Indian journal of veterinary science and animal husbandry - Volume 1,
Year: 1931
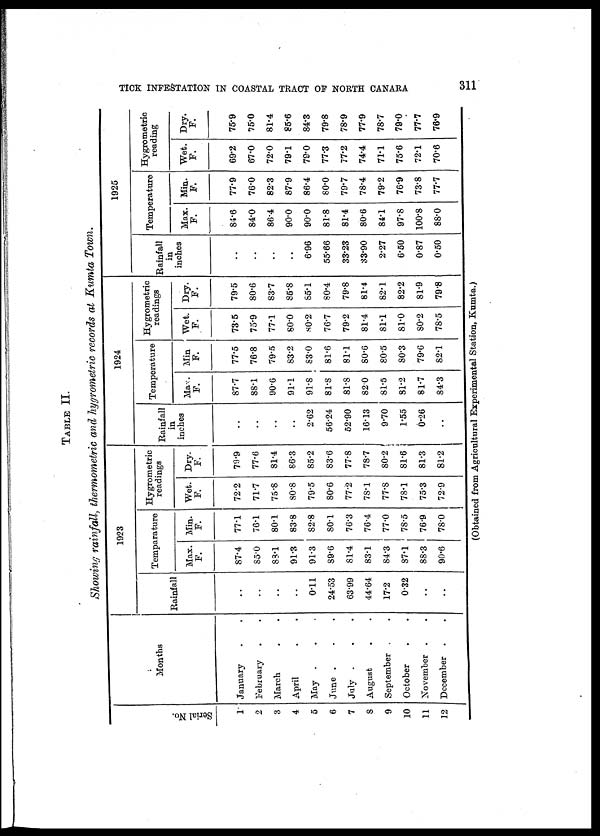
TICK INFESTATION IN COASTAL TRACT OF NORTH CANARA
311
TABLE II.
Showing rainfall, thermometric and hygrometric records at Kumta Town.
Ser i
al No.
1
2
3
4
5
6
7
8
9
10
11
12
Months
January
February
March
April
May .
June .
July .
August
September
October
November
December
..
..
..
..
..
..
..
..
..
..
..
..
1923
Rainfall
..
..
..
..
0.11
24.53
63.99
44.64
17.2
0.32
..
..
Temparature
Max.
F.
87.4
85.0
88.1
91.3
91.3
89.6
81.4
83.1
84.3
87.1
88.3
90.6
Min.
F.
77.1
76.1
80.1
83.8
82.8
80.1
76.3
76.4
77.0
78.5
76.9
78.0
Hygrometric
readings
Wet.
F.
72.2
71.7
75.8
80.8
79.5
80.6
77.2
78.l
77.8
78.1
75.3
72.9
Dry.
F.
79.9
77.6
81-4
86.3
85.2
83.6
77.8
78.7
80.2
81.6
81.3
81.2
1924
Rainfall
in
inches
..
..
..
..
2.62
56.24
52.90
16.13
9.70
1.55
0.26
..
Temperature
Max.
F.
87.7
88.1
90.6
91.1
91.8
81.8
81.8
82.0
81.5
81.2
81.7
84.3
Mi n
F.
77.5
76.8
79.5
83.2
83.0
81.6
81.1
80.6
80.5
80.3
79.6
82.1
Hygrometric
readings
Wet.
F.
73.5
75.9
77.1
80.0
80.2
76.7
79.2
81.4
81.1
81.0
80.2
78.5
Dry.
F
79.5
80.6
83.7
85.8
85.1
80.4
79.8
81.4
82.1
82.2
81.9
79.8
1925
Rainfall
in
inches
..
..
..
..
6.96
55.66
3323
33.90
2.27
6.50
0.87
0.50
Temperature
Max.
F.
84.6
84.0
86.4
90.0
90.0
81.8
81.4
80.6
84.1
97.8
100.8
88.0
Min.
F.
77.9
76.0
82.3
87.9
86.4
80.0
79.7
78.4
79.2
76.9
73.8
77.7
Hygrometric
reading
Wet.
F.
69.2
67.0
72.0
79.1
79.0
77.3
77.2
74.4
71.1
75.6
72.1
70.6
Dry.
F
75.9
75.0
81.4
85.6
84.3
79.8
78.9
77.9
78.7
79.0
77.7
76.9
(Obtained from Agricultural Experimental Station, Kumta.)